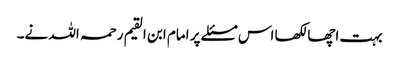
بہت اچھا لکھا اس مسئلے پر امام ابن القیم رحمہ اللہ نے۔